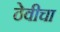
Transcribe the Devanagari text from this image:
ठेवीचा